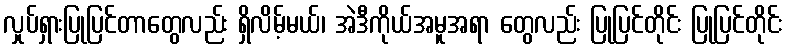
လှုပ်ရှားပြုပြင်တာတွေလည်း ရှိလိမ့်မယ်၊ အဲဒီကိုယ်အမူအရာ တွေလည်း ပြုပြင်တိုင်း ပြုပြင်တိုင်း